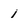
Character: 1